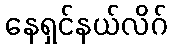
နေရှင်နယ်လိဂ်